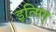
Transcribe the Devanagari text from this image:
इत्सिग्